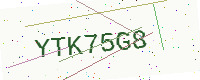
Text: YTK75G8